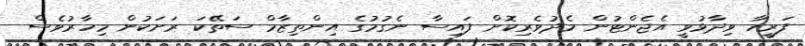
ފަރީހާ ވިދާޅުވީ އެޖެންޓުން މެދުވެރިކޮށް ފައިސާ ނެގުމުގެ އިންތިޒާމް ސަތޭކަ ރަށަކުން މިހާރުވެސް